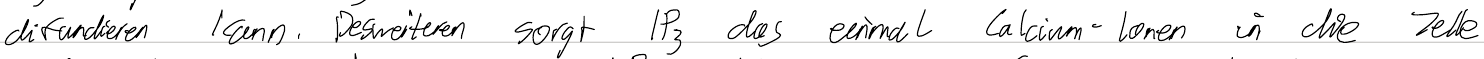
diffundieren kann. Desweiteren sorgt IP3 das einmal Calcium-Ionen in die Zelle